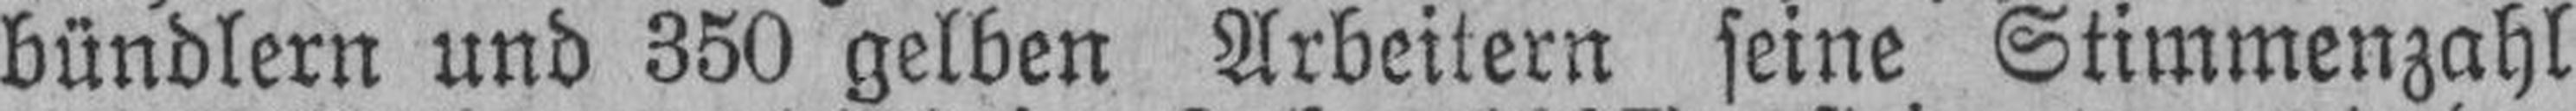
bündlern und 350 gelben Arbeitern seine Stimmenzahl